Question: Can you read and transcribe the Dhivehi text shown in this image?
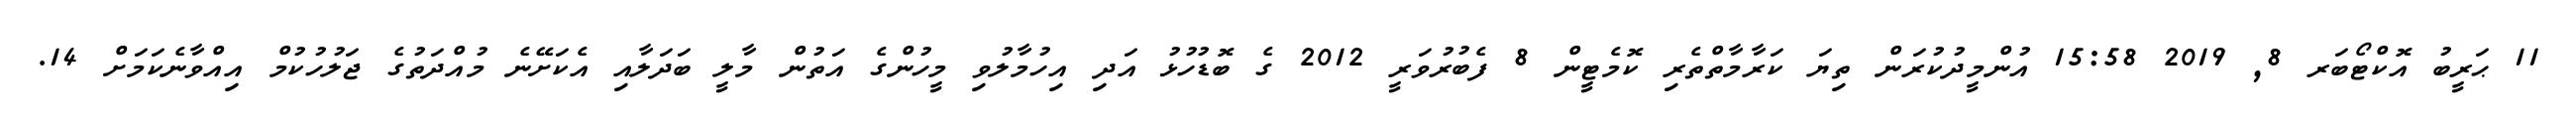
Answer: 11 ޙަރީބު އޮކްޓޯބަރ 8, 2019 15:58 އުންމީދުކުރަން ތިޔަ ކަރާމާތްތެރި ކޮމެޓީން 8 ފެބުރުވަރީ 2012 ގެ ބޮޑުހުޅު އަދި އިހުމާލުވި މީހުންގެ އަތުން މާލީ ބަދަލާއި އެކަށޭނެ މުއްދަތުގެ ޖަލުހުކުމް އިއްވާނެކަމަށް 14.